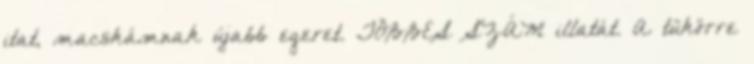
itat, macskámnak újabb egeret. TÖBBES SZÁM illatát. A tükörre